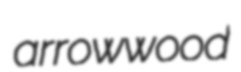
arrowwood